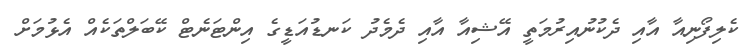
ކެލިފޯނިއާ އާއި ދެކުނުއިރުމަތީ އޭޝިއާ އާއި ދެމެދު ކަނޑުއަޑީގެ އިންޓަނެޓް ކޭބަލްތަކެއް އެޅުމަށް